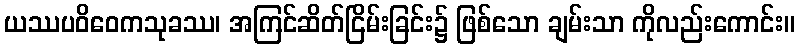
ယဿပဝိဝေကသုခဿ၊ အကြင်ဆိတ်ငြိမ်းခြင်း၌ ဖြစ်သော ချမ်းသာ ကိုလည်းကောင်း။